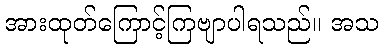
အားထုတ်ကြောင့်ကြဗျာပါရသည်။ အသ